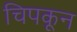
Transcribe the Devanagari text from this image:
चिपकून